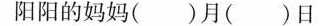
阳阳的妈妈()月()日